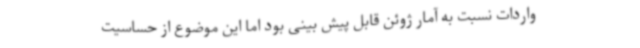
واردات نسبت به آمار ژوئن قابل پیش بینی بود اما این موضوع از حساسیت